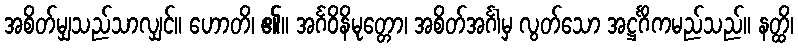
အစိတ်မျှသည်သာလျှင်။ ဟောတိ၊ ၏။ အင်္ဂဝိနိမုတ္တော၊ အစိတ်အင်္ဂါမှ လွတ်သော အဋ္ဌင်္ဂိကမည်သည်။ နတ္ထိ၊